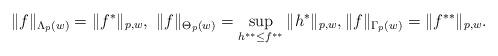
LaTeX: \begin{align*}\|f\|_{\Lambda_p(w)}=\|f^*\|_{p,w},\ \|f\|_{\Theta_p(w)}=\sup_{h^{**}\le f^{**}}\|h^*\|_{p,w}, \|f\|_{\Gamma_p(w)}=\|f^{**}\|_{p,w}.\end{align*}